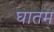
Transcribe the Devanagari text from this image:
घातम